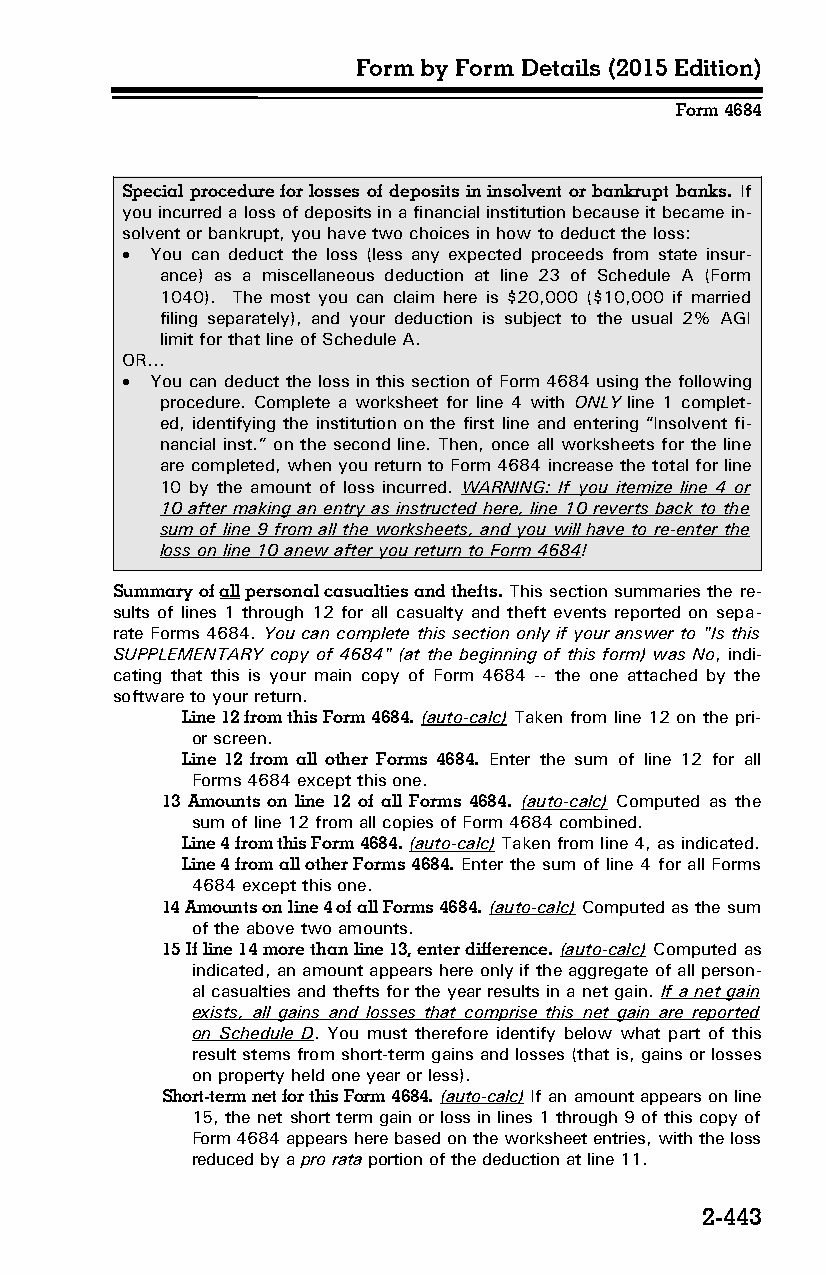
Form by Form Details (2015 Edition)
 Form 4684
 Special procedure for losses of deposits in insolvent or bankrupt banks. If
 you incurred a loss of deposits in a financial institution because it became in­
 solvent or bankrupt, you have two choices in how to deduct the loss:
  You can deduct the loss (less any expected proceeds from state insur­
 ance) as a miscellaneous deduction at line 23 of Schedule A (Form
 1040). The most you can claim here is $20,000 ($10,000 if married
 filing separately), and your deduction is subject to the usual 2% AGI
 limit for that line of Schedule A.
 OR…
  You can deduct the loss in this section of Form 4684 using the following
 procedure. Complete a worksheet for line 4 with ONLY line 1 complet­
 ed, identifying the institution on the first line and entering “Insolvent fi­
 nancial inst.” on the second line. Then, once all worksheets for the line
 are completed, when you return to Form 4684 increase the total for line
 10 by the amount of loss incurred. WARNING: If you itemize line 4 or
 10 after making an entry as instructed here, line 10 reverts back to the
 sum of line 9 from all the worksheets, and you will have to re-enter the
 loss on line 10 anew after you return to Form 4684!
 Summary of all personal casualties and thefts. This section summaries the re­
 sults of lines 1 through 12 for all casualty and theft events reported on sepa­
 rate Forms 4684. You can complete this section only if your answer to "Is this
 SUPPLEMENTARY copy of 4684" (at the beginning of this form) was No, indi­
 cating that this is your main copy of Form 4684 -- the one attached by the
 software to your return.
 Line 12 from this Form 4684. (auto-calc) Taken from line 12 on the pri­
 or screen.
 Line 12 from all other Forms 4684. Enter the sum of line 12 for all
 Forms 4684 except this one.
 13 Amounts on line 12 of all Forms 4684. (auto-calc) Computed as the
 sum of line 12 from all copies of Form 4684 combined.
 Line 4 from this Form 4684. (auto-calc) Taken from line 4, as indicated.
 Line 4 from all other Forms 4684. Enter the sum of line 4 for all Forms
 4684 except this one.
 14 Amounts on line 4 of all Forms 4684. (auto-calc) Computed as the sum
 of the above two amounts.
 15 If line 14 more than line 13, enter difference. (auto-calc) Computed as
 indicated, an amount appears here only if the aggregate of all person­
 al casualties and thefts for the year results in a net gain. If a net gain
 exists, all gains and losses that comprise this net gain are reported
 on Schedule D. You must therefore identify below what part of this
 result stems from short-term gains and losses (that is, gains or losses
 on property held one year or less).
 Short-term net for this Form 4684. (auto-calc) If an amount appears on line
 15, the net short term gain or loss in lines 1 through 9 of this copy of
 Form 4684 appears here based on the worksheet entries, with the loss
 reduced by a pro rata portion of the deduction at line 11.
 2-443